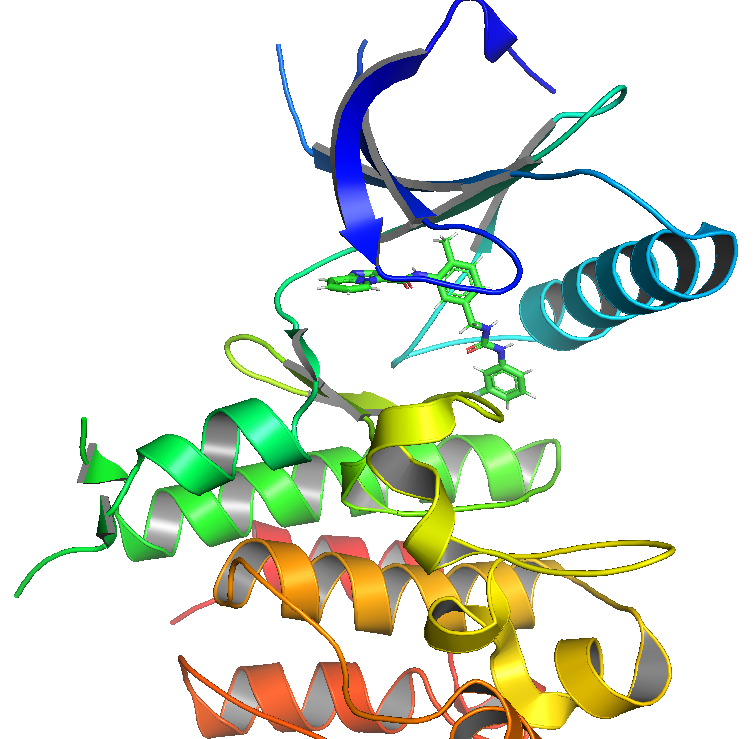
pymol, preset publication